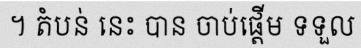
។ តំបន់ នេះ បាន ចាប់ផ្តើម ទទួល